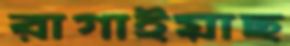
রাগাইয়াছ